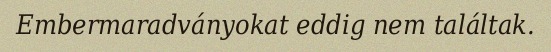
Embermaradványokat eddig nem találtak.